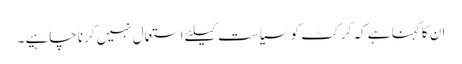
ان کا کہنا ہے کہ کرکٹ کو سیاست کیلئے استعمال نہیں کرنا چاہیے۔